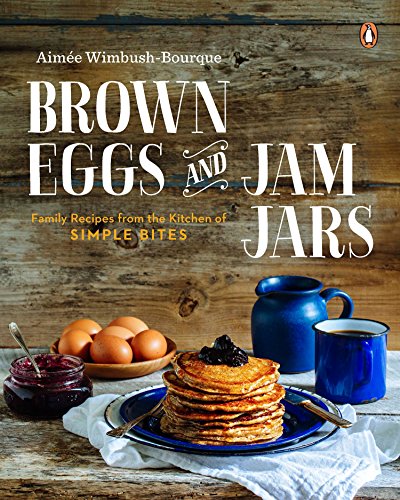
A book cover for Brown Eggs and Jam Jars: Family Recipes from the Kitchen of Simple Bites; Aimee Wimbush-bourque; Cookbooks, Food & Wine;